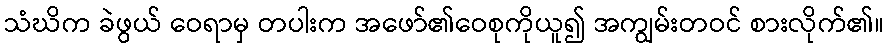
သံဃိက ခဲဖွယ် ဝေရာမှ တပါးက အဖော်၏ဝေစုကိုယူ၍ အကျွမ်းတဝင် စားလိုက်၏။